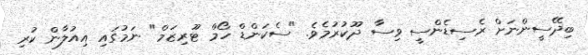
ބިދޭސީންނަށް ރެސިޑެންސީ ވިސާ ދޫކުރުމެވެ. "ސެކަންޑް ހޯމް ޓޫރިޒަމް" ނަމުގައި އިއުލާން ކުރި